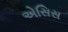
એસિસ